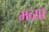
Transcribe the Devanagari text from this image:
भव्‍या